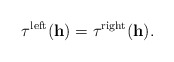
\begin{align*}\tau^{\mathrm{left}}(\mathbf{h})=\tau^{\mathrm{right}}(\mathbf{h}).\end{align*}